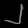
Digit: ၂